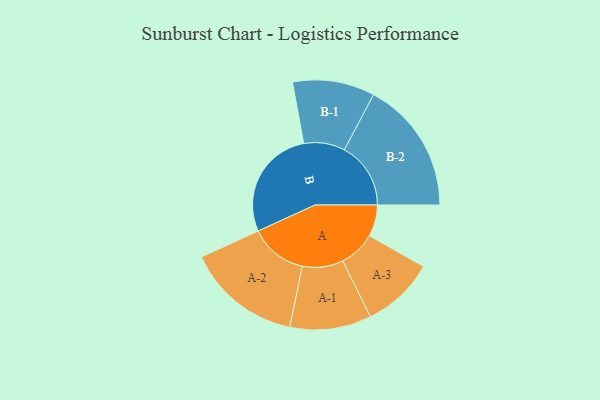
{"axis": {"x": "Segment", "y": "Value"}, "legend": ["", "A", "B"], "data": [{"x": "A", "y": 117, "type": ""}, {"x": "B", "y": 413, "type": ""}, {"x": "A-1", "y": 151, "type": "A"}, {"x": "A-2", "y": 213, "type": "A"}, {"x": "A-3", "y": 135, "type": "A"}, {"x": "B-1", "y": 152, "type": "B"}, {"x": "B-2", "y": 246, "type": "B"}]}